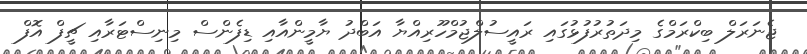
ޖެނަރަލް ބިކްރަމްގެ މިދަތުރުފުޅުގައި ރައީސުލްޖުމްހޫރިއްޔާ އަބްދު ޔާމީންއާއި ޑިފެންސް މިނިސްޓަރާއި ޗީފް އޮފް